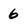
Character: 6